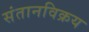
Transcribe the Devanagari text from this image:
संतानविक्रय